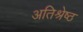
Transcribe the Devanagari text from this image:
अतिश्रेष्‍ठ